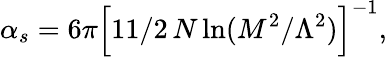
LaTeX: \alpha_{s}=6\pi\Bigl[11/2\, N\ln(M^{2}/\Lambda^{2})\Bigl]^{-1},